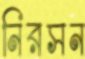
নিরসন